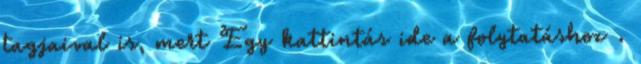
tagjaival is, mert Egy kattintás ide a folytatáshoz .